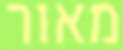
מאור